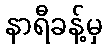
နာရီခန့်မှ